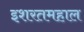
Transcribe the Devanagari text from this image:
इशरतमहाल